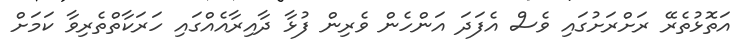
އަތޮޅުތެރޭ ރަށްރަށުގައި ވެސް އެފަދަ އަންހެން ވެރިން ފުޅާ ދާއިރާއެއްގައި ހަރަކާތްތެރިވާ ކަމަށް